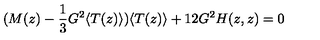
( M ( z ) - \frac { 1 } { 3 } G ^ { 2 } \langle T ( z ) \rangle ) \langle T ( z ) \rangle + 1 2 G ^ { 2 } H ( z , z ) = 0